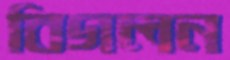
বিগলন